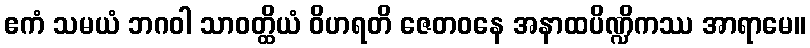
ဧကံ သမယံ ဘဂဝါ သာဝတ္ထိယံ ဝိဟရတိ ဇေတဝနေ အနာထပိဏ္ဍိကဿ အာရာမေ။